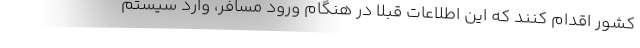
کشور اقدام کنند که این اطلاعات قبلا در هنگام ورود مسافر، وارد سیستم